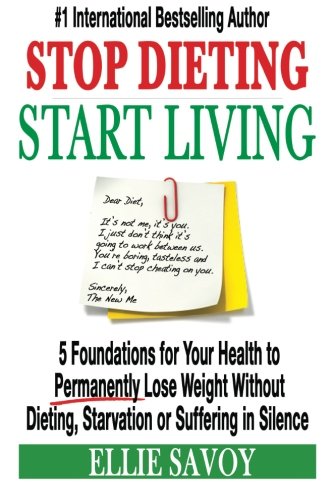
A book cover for Stop Dieting Start Living: 5 Foundations for Your Health to Permanently Lose Weight Without Dieting, Starvation or Suffering in Silence; Ellie Savoy; Health, Fitness & Dieting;